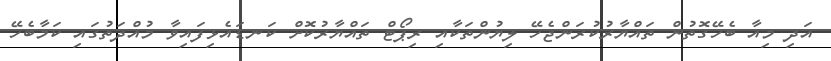
އަދި މިއާ ބެހޭގޮތުން ތައްޔާރުކުރަންޖެހޭ ލިޔުންތަކާއި ރިޕޯޓް ތައްޔާރުކޮށް ކަނޑައެޅިފައިވާ މުއްދަތުގައި ކަމާބެހޭ